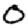
Digit: 0